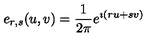
e _ { r , s } ( u , v ) = \frac 1 { 2 \pi } e ^ { \imath ( r u + s v ) }